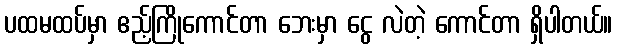
ပထမထပ်မှာ ဧည့်ကြိုကောင်တာ ဘေးမှာ ငွေ လဲတဲ့ ကောင်တာ ရှိပါတယ်။